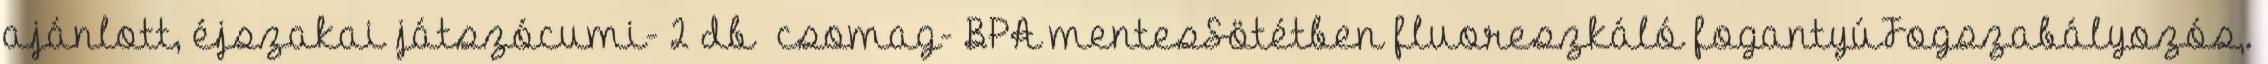
ajánlott, éjszakai játszócumi- 2 db csomag- BPA mentesSötétben fluoreszkáló fogantyúFogszabályozós,.